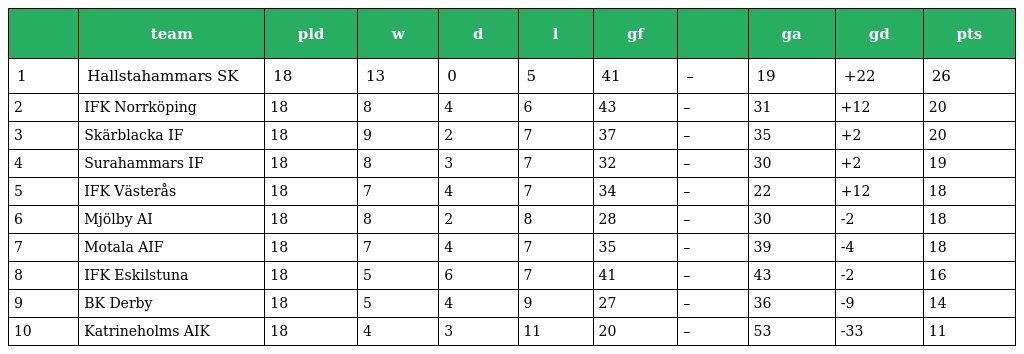
|  | team | pld | w | d | l | gf |  | ga | gd | pts |
 | --- | --- | --- | --- | --- | --- | --- | --- | --- | --- | --- |
 | 1 | Hallstahammars SK | 18 | 13 | 0 | 5 | 41 | – | 19 | +22 | 26 |
 | 2 | IFK Norrköping | 18 | 8 | 4 | 6 | 43 | – | 31 | +12 | 20 |
 | 3 | Skärblacka IF | 18 | 9 | 2 | 7 | 37 | – | 35 | +2 | 20 |
 | 4 | Surahammars IF | 18 | 8 | 3 | 7 | 32 | – | 30 | +2 | 19 |
 | 5 | IFK Västerås | 18 | 7 | 4 | 7 | 34 | – | 22 | +12 | 18 |
 | 6 | Mjölby AI | 18 | 8 | 2 | 8 | 28 | – | 30 | -2 | 18 |
 | 7 | Motala AIF | 18 | 7 | 4 | 7 | 35 | – | 39 | -4 | 18 |
 | 8 | IFK Eskilstuna | 18 | 5 | 6 | 7 | 41 | – | 43 | -2 | 16 |
 | 9 | BK Derby | 18 | 5 | 4 | 9 | 27 | – | 36 | -9 | 14 |
 | 10 | Katrineholms AIK | 18 | 4 | 3 | 11 | 20 | – | 53 | -33 | 11 |